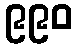
၉၉၀